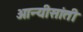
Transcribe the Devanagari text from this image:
ओन्यीसांती